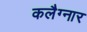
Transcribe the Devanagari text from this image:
कलैग्नार